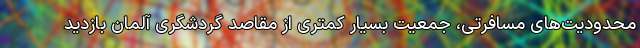
محدودیت‌های مسافرتی، جمعیت بسیار کمتری از مقاصد گردشگری آلمان بازدید